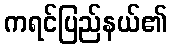
ကရင်ပြည်နယ်၏